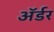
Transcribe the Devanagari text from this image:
ॲर्डर